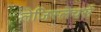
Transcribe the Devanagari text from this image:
लेजिस्लेचर्स